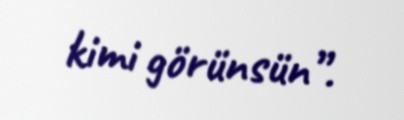
kimi görünsün”.